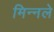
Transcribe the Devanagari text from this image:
मिन्नले